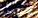
تفسيرها